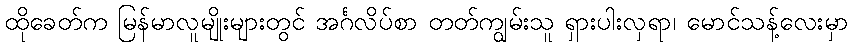
ထိုခေတ်က မြန်မာလူမျိုးများတွင် အင်္ဂလိပ်စာ တတ်ကျွမ်းသူ ရှားပါးလှရာ၊ မောင်သန့်လေးမှာ